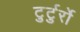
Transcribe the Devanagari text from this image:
टुर्टुर्रो